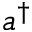
a ^ { \dagger }